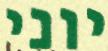
יוני